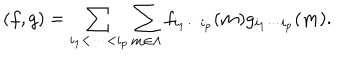
( f , g ) = \sum _ { i _ { 1 } < \cdots < i _ { p } } \sum _ { { \bf m } \in \Lambda } f _ { i _ { 1 } \cdots i _ { p } } ( { \bf m } ) g _ { i _ { 1 } \cdots i _ { p } } ( { \bf m } ) .